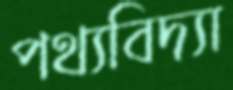
পথ্যবিদ্যা